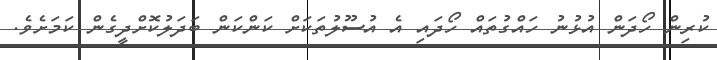
ކުރިން ހޯދަން އުޅުނު ހައްގުތައް ހޯދައި އެ އުސޫލުތަކަށް ކަންކަން ބަދަލުކޮށްދީގެން ކަމަށެވެ.